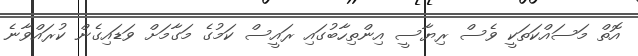
އޮތް މަސައްކަތަކީ ވެސް ރިޔާސީ އިންތިހާބުގައި ރައީސް ކަމުގެ މަގާމަށް ވަޑައިގެން ކުރައްވާނެ